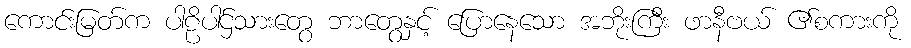
ကောင်းမြတ်က ပါဠိပါဌ်သားတွေ ဘာတွေနှင့် ပြောနေသော အဘိုးကြီး ဖာနီဗယ် ၏စကားကို